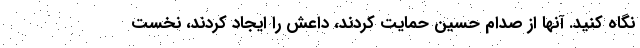
نگاه کنید. آنها از صدام حسین حمایت کردند، داعش را ایجاد کردند، نخست